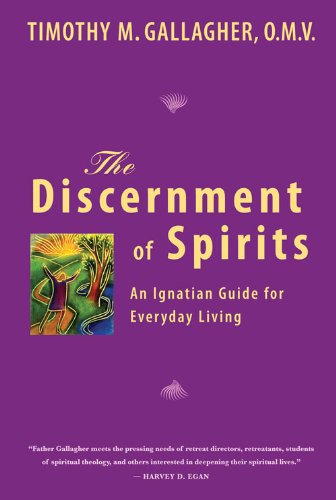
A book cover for The Discernment of Spirits: An Ignatian Guide for Everyday Living; Timothy M. Gallagher; Christian Books & Bibles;